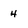
Character: 4